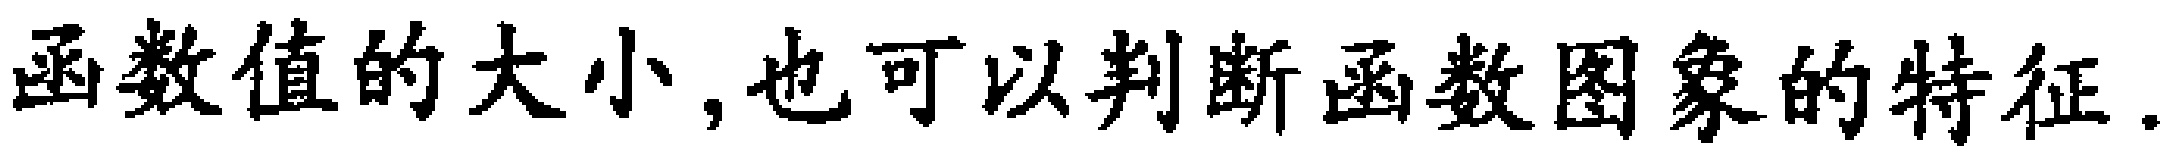
函数值的大小,也可以判断函数图象的特征.